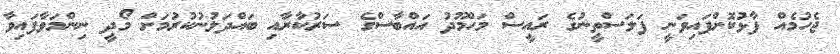
ޖެހުމެއް ފާޅުކޮށްފައިވަނީ ފަލަސްތީނުގެ ރައީސް މަހްމޫދު އައްބާސްގެ ސަރުކާރާއި ބައްދަލުނުކުރުމަށް މޯދީ ނިންމަވާފައިވާ